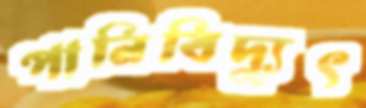
পানিবিদ্যুৎ